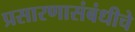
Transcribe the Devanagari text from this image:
प्रसारणासंबंधीचे